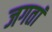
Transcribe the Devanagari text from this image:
जगतां